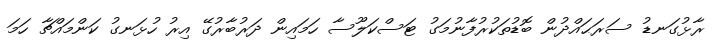
ރާޅުގަނޑު ސަރަޙައްދުން ބޮޑުތަކުރުފާނުމަގު ޓަސްކަލޫސާ ހަމައިން ދަރުބާރުގޭ އިރު ހުޅަނގު ކަންމައްޗާ ހަމަ